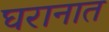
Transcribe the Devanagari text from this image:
घरानात